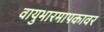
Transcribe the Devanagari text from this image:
वायुभारमापकावर